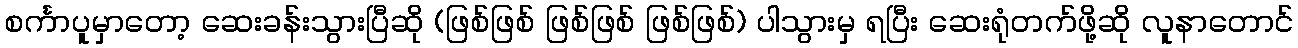
စင်္ကာပူမှာတော့ ဆေးခန်းသွားပြီဆို (ဖြစ်ဖြစ် ဖြစ်ဖြစ် ဖြစ်ဖြစ်) ပါသွားမှ ရပြီး ဆေးရုံတက်ဖို့ဆို လူနာတောင်